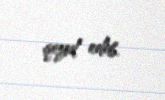
qeyd edib.